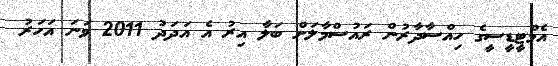
އެމްޓީޑީސީގެ ހިއްސާދާރުން ރައުސްމާލަށް ބަލާ އިރު އެ އަދަދު 2011 ވަނަ އަހަރު